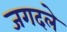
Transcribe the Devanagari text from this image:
जगदले